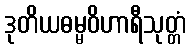
ဒုတိယဓမ္မဝိဟာရီသုတ္တံ